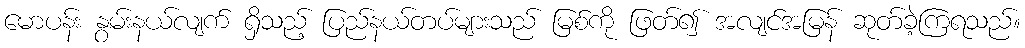
မောပန်း နွမ်းနယ်လျက် ရှိသည့် ပြည်နယ်တပ်များသည် မြစ်ကို ဖြတ်၍ အလျင်အမြန် ဆုတ်ခဲ့ကြရသည်။